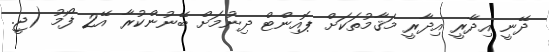
ދޭނީ އިދާރީ އިދާރީ މަޤާމުތަކަށް ޕޮއިންޓް ދިނުމަށް ބޭނުންކުރާ އޭ2 ފޯމު (ޖީ.